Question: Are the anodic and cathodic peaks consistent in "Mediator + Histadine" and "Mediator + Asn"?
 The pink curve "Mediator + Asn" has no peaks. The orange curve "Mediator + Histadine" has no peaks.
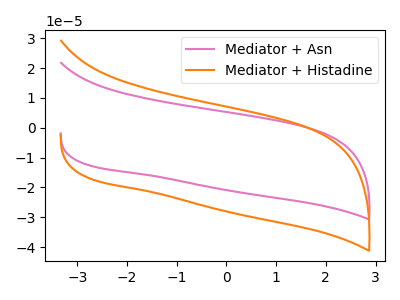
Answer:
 <answer>Niether CV has any peaks.</answer>
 <eval>blanks</eval>